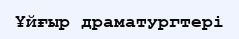
Ұйғыр драматургтері